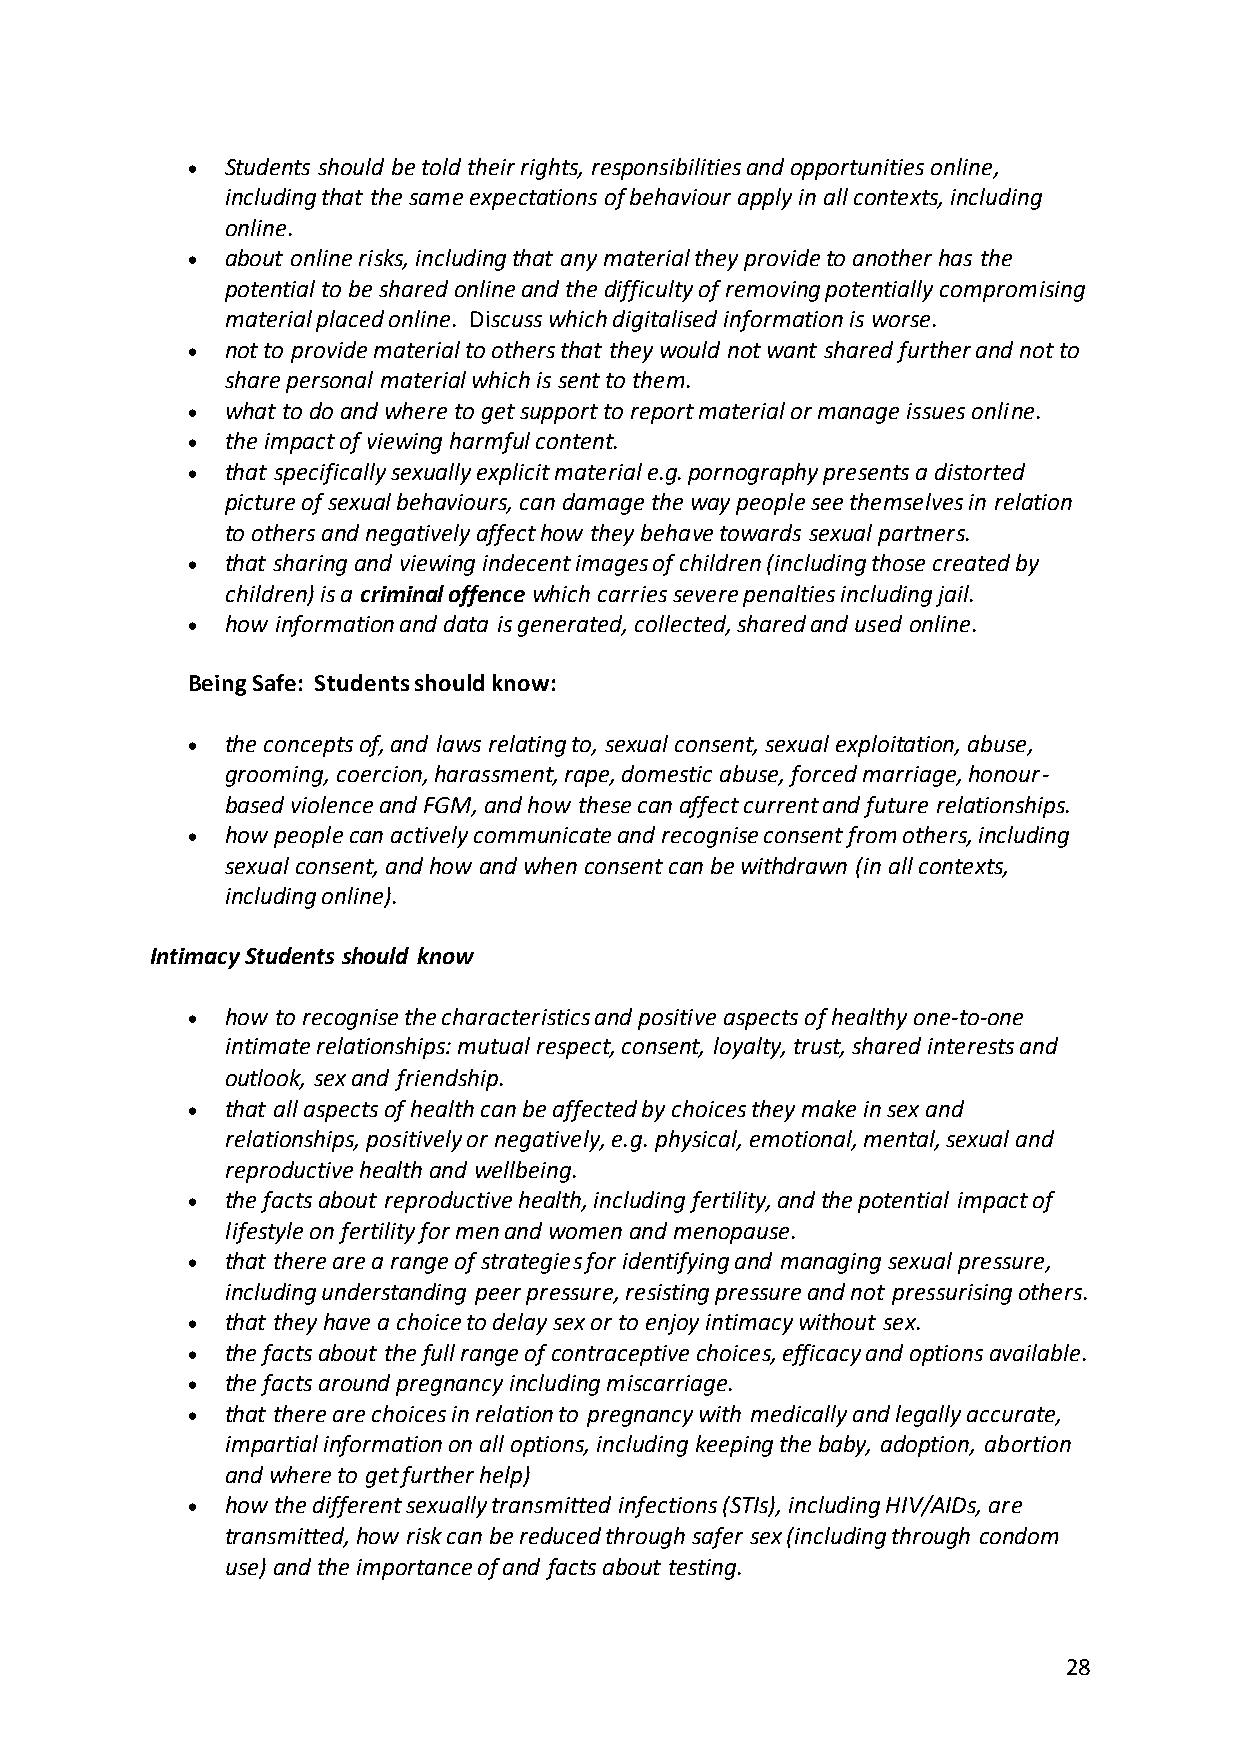
•  Students should be told their rights, responsibilities and opportunities online,
 including that the same expectations of behaviour apply in all contexts, including
 online.
 •  about online risks, including that any material they provide to another has the
 potential to be shared online and the difficulty of removing potentially compromising
 material placed online. Discuss which digitalised information is worse.
 •  not to provide material to others that they would not want shared further and not to
 share personal material which is sent to them.
 •  what to do and where to get support to report material or manage issues online.
 •  the impact of viewing harmful content.
 •  that specifically sexually explicit material e.g. pornography presents a distorted
 picture of sexual behaviours, can damage the way people see themselves in relation
 to others and negatively affect how they behave towards sexual partners.
 •  that sharing and viewing indecent images of children (including those created by
 children) is a criminal offence which carries severe penalties including jail.
 •  how information and data is generated, collected, shared and used online.
 Being Safe: Students should know:
 •  the concepts of, and laws relating to, sexual consent, sexual exploitation, abuse,
 grooming, coercion, harassment, rape, domestic abuse, forced marriage, honour-
 based violence and FGM, and how these can affect current and future relationships.
 •  how people can actively communicate and recognise consent from others, including
 sexual consent, and how and when consent can be withdrawn (in all contexts,
 including online).
 Intimacy Students should know
 •  how to recognise the characteristics and positive aspects of healthy one-to-one
 intimate relationships: mutual respect, consent, loyalty, trust, shared interests and
 outlook, sex and friendship.
 •  that all aspects of health can be affected by choices they make in sex and
 relationships, positively or negatively, e.g. physical, emotional, mental, sexual and
 reproductive health and wellbeing.
 •  the facts about reproductive health, including fertility, and the potential impact of
 lifestyle on fertility for men and women and menopause.
 •  that there are a range of strategies for identifying and managing sexual pressure,
 including understanding peer pressure, resisting pressure and not pressurising others.
 •  that they have a choice to delay sex or to enjoy intimacy without sex.
 •  the facts about the full range of contraceptive choices, efficacy and options available.
 •  the facts around pregnancy including miscarriage.
 •  that there are choices in relation to pregnancy with medically and legally accurate,
 impartial information on all options, including keeping the baby, adoption, abortion
 and where to get further help)
 •  how the different sexually transmitted infections (STIs), including HIV/AIDs, are
 transmitted, how risk can be reduced through safer sex (including through condom
 use) and the importance of and facts about testing.
 28